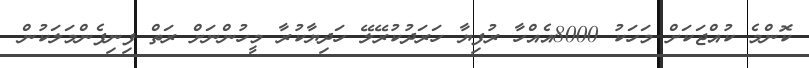
ކޮންމެ ކުއްޖަކަށް މަހަކު 8000އެއްހާ ރުފިޔާ ހަރަދުކުރޭލޭ ހަދިޔާކުރާ މީހުންނަށް ރަތް ފިނިފެންމަލަކުން